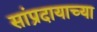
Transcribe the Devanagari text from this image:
सांप्रदायाच्या